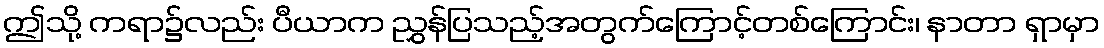
ဤသို့ ကရာ၌လည်း ပီယာက ညွှန်ပြသည့်အတွက်ကြောင့်တစ်ကြောင်း၊ နာတာ ရှာမှာ